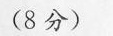
(8分)